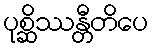
ပုစ္ဆိဿန္တီတိပေ